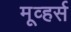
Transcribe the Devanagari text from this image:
मूव्हर्स